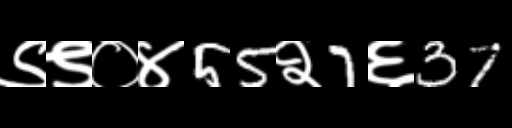
Text: ९९०४55२7६37